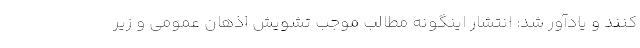
کنند و یادآور شد: انتشار اینگونه مطالب موجب تشویش اذهان عمومی و زیر